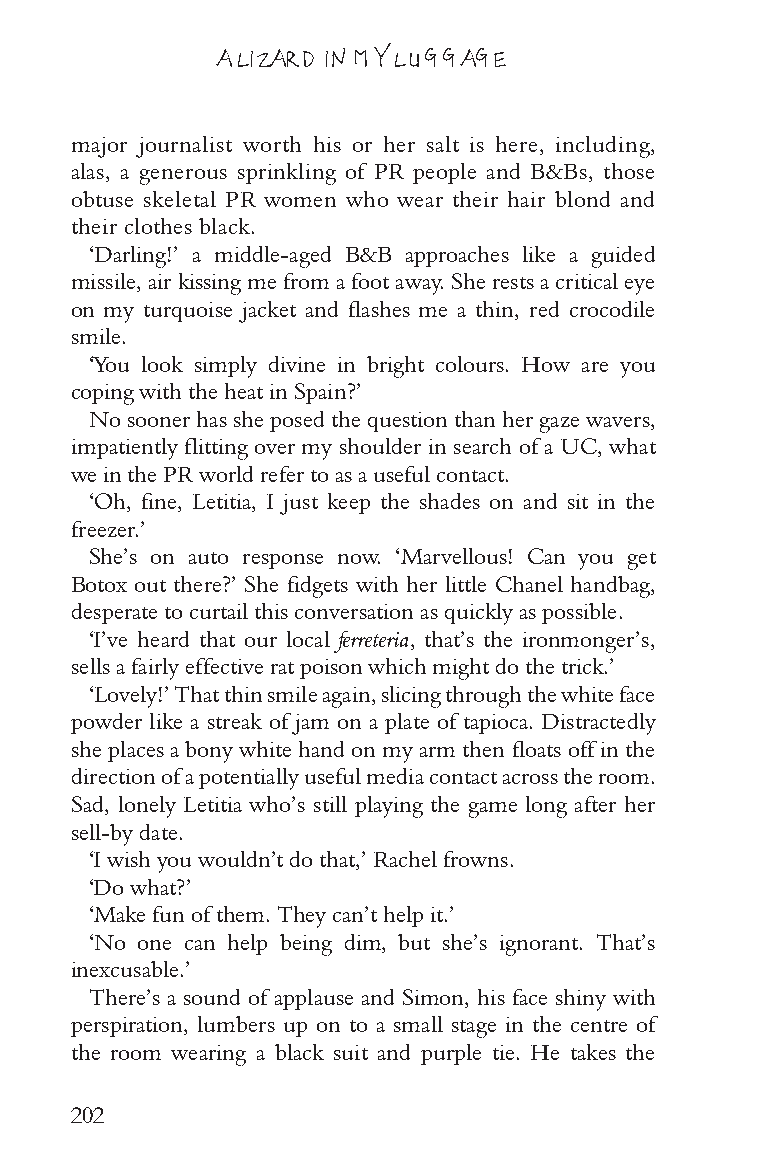
A LIZARD IN MY LUGGAGE
 major journalist worth his or her salt is here, including,
 alas, a generous sprinkling of PR people and B&Bs, those
 obtuse skeletal PR women who wear their hair blond and
 their clothes black.
 ‘Darling!’ a middle-aged B&B approaches like a guided
 missile, air kissing me from a foot away. She rests a critical eye
 on my turquoise jacket and flashes me a thin, red crocodile
 smile.
 ‘You look simply divine in bright colours. How are you
 coping with the heat in Spain?’
 No sooner has she posed the question than her gaze wavers,
 impatiently flitting over my shoulder in search of a UC, what
 we in the PR world refer to as a useful contact.
 ‘Oh, fine, Letitia, I just keep the shades on and sit in the
 freezer.’
 She’s on auto response now. ‘Marvellous! Can you get
 Botox out there?’ She fidgets with her little Chanel handbag,
 desperate to curtail this conversation as quickly as possible.
 ‘I’ve heard that our local ferreteria, that’s the ironmonger’s,
 sells a fairly effective rat poison which might do the trick.’
 ‘Lovely!’ That thin smile again, slicing through the white face
 powder like a streak of jam on a plate of tapioca. Distractedly
 she places a bony white hand on my arm then floats off in the
 direction of a potentially useful media contact across the room.
 Sad, lonely Letitia who’s still playing the game long after her
 sell-by date.
 ‘I wish you wouldn’t do that,’ Rachel frowns.
 ‘Do what?’
 ‘Make fun of them. They can’t help it.’
 ‘No one can help being dim, but she’s ignorant. That’s
 inexcusable.’
 There’s a sound of applause and Simon, his face shiny with
 perspiration, lumbers up on to a small stage in the centre of
 the room wearing a black suit and purple tie. He takes the
 202